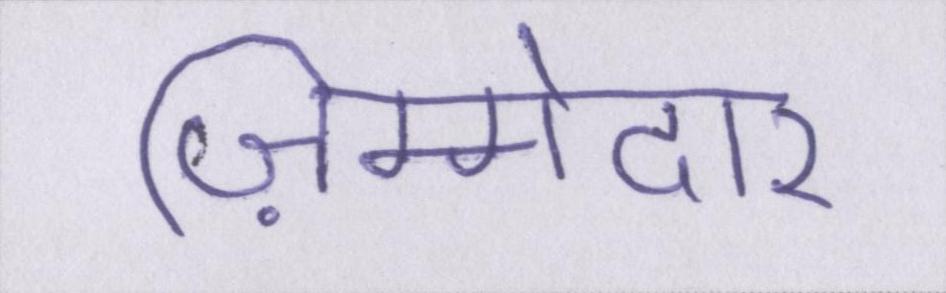
ज़िम्मेदार